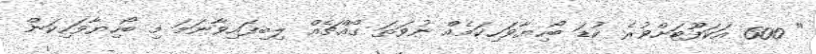
" 600 އަކަފޫޓަށްވުރެ ކުޑަ ބޯހިޔާވަހިކަމެއް ނުވަތަ ގޯއްޗެއް ލިބިފައިވާނަމަ މި ބޯހިޔާވަހިކަން